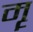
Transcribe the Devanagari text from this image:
मॄ